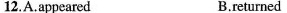
12.A.Appeared B.returned